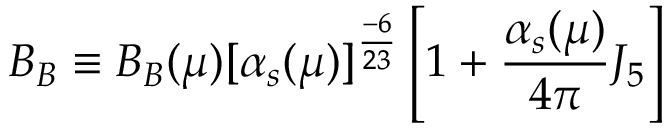
B _ { B } \equiv B _ { B } ( \mu ) [ \alpha _ { s } ( \mu ) ] ^ { \frac { - 6 } { 2 3 } } \left[ 1 + \frac { \alpha _ { s } ( \mu ) } { 4 \pi } J _ { 5 } \right]